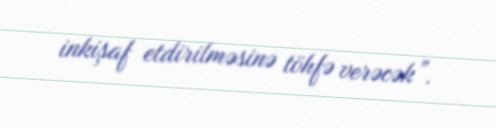
inkişaf etdirilməsinə töhfə verəcək”.